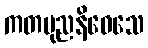
ကတပုညနိဝေသေ